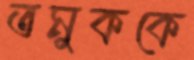
তমুককে